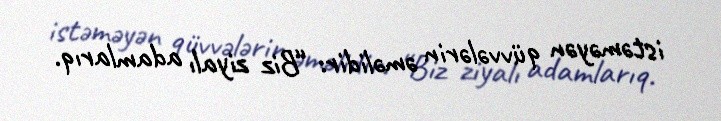
istəməyən qüvvələrin əməlidir: “Biz ziyalı adamlarıq.